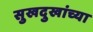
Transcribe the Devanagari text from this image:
सुखदुखांच्या